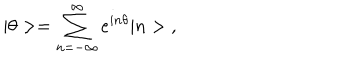
| \theta > = \sum _ { n = - \infty } ^ { \infty } e ^ { i n \theta } | n > \; ,